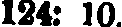
124: 10.